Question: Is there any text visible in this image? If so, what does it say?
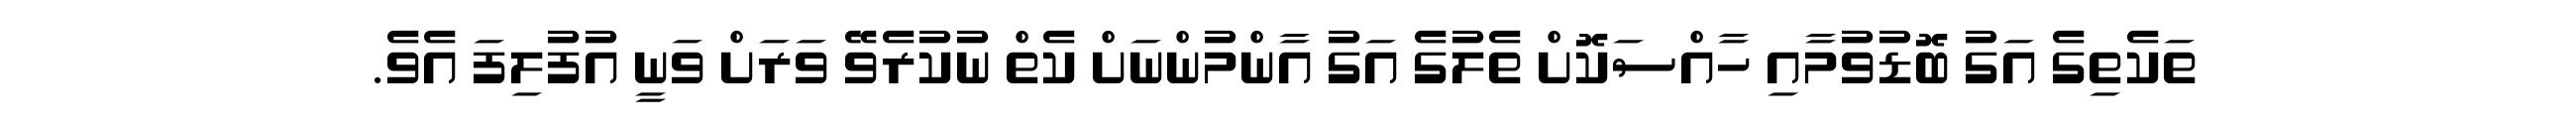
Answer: ތަކެތިގެ އަގު ބޮޑުވުމާއި ހާއްސަކޮށް ތެލުގެ އަގު އާންމުންނަށް ކެތް ނުކުރެވޭ ވަރަށް ވަނީ އުފުލިފަ އެވެ.